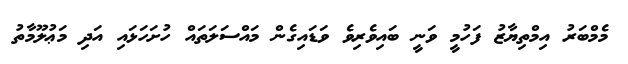
މެމްބަރު އިމްތިޔާޒު ފަހުމީ ވަނީ ބައިވެރިވެ ވަޑައިގެން މައްސަލަތައް ހުށަހަޅައި އަދި މަޢުލޫމާތު